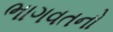
ભાગવતનો